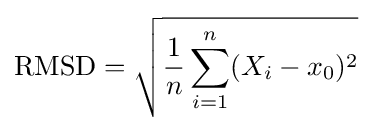
\operatorname {RMSD} ={\sqrt {{\frac {1}{n}}\sum _{i=1}^{n}(X_{i}-x_{0})^{2}}}